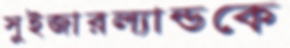
সুইজারল্যান্ডকে